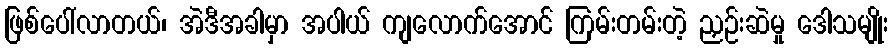
ဖြစ်ပေါ်လာတယ်၊ အဲဒီအခါမှာ အပါယ် ကျလောက်အောင် ကြမ်းတမ်းတဲ့ ညှဉ်းဆဲမှု ဒေါသမျိုး